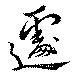
遽